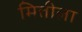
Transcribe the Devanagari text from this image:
मितीला